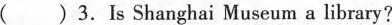
()3.Is Shanghai Museum a library?